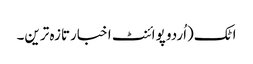
اٹک(اُردو پوائنٹ اخبارتازہ ترین۔